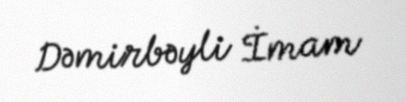
Dəmirbəyli İmam